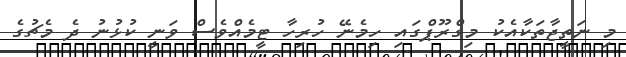
މި ނަތީޖާތަކާއެކު މިގްރޫޕްގައި ހިމެނޭ ހުރިހާ ޓީމެއްވެސް ވަނީ ކުޅުނު ދެ މެޗުގެ